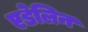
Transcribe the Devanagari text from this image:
एडेलिन